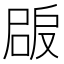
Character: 𡲠